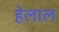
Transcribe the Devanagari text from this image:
हेलाल